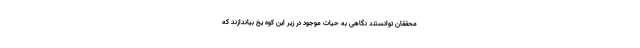
محققان توانستند نگاهی به حیات موجود در زیر این کوه یخ بیاندازند که